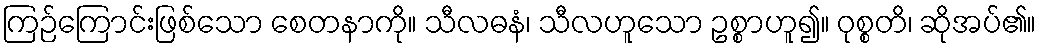
ကြဉ်ကြောင်းဖြစ်သော စေတနာကို။ သီလဓနံ၊ သီလဟူသော ဥစ္စာဟူ၍။ ဝုစ္စတိ၊ ဆိုအပ်၏။